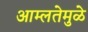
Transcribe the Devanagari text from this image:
आम्लतेमुळे